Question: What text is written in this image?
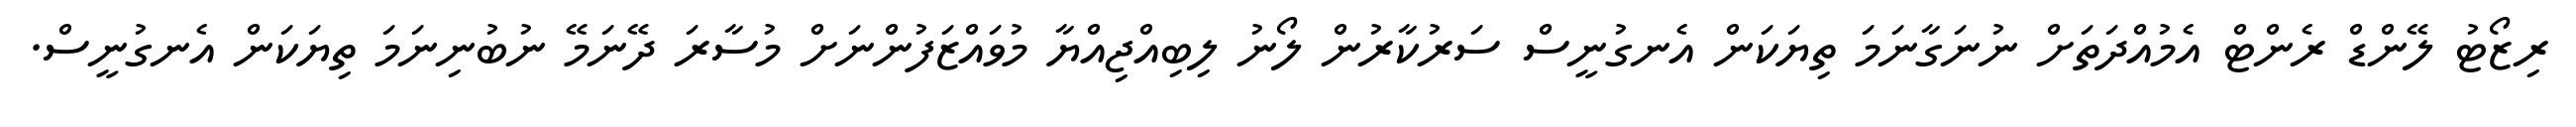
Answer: ރިޒޯޓު ލޭންޑް ރެންޓް އެމުއްދަތަށް ނުނަގާނަމަ ތިޔަކަން އެނގުނީސް ސަރުކާރުން ލޯނު ލިބިއްޖިއްޔާ މުވައްޒަފުންނަށް މުސާރަ ދޭނަމޭ ނުބުނިނަމަ ތިޔަކަން އެނގުނީސް.